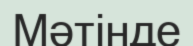
Мәтінде